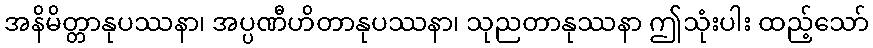
အနိမိတ္တာနုပဿနာ၊ အပ္ပဏီဟိတာနုပဿနာ၊ သုညတာနုဿနာ ဤသုံးပါး ထည့်သော်